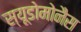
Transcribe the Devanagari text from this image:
स्यूडोमोनैस